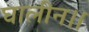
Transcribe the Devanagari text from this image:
घालीन।।